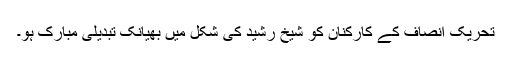
تحریک انصاف کے کارکنان کو شیخ رشید کی شکل میں بھیانک تبدیلی مبارک ہو۔